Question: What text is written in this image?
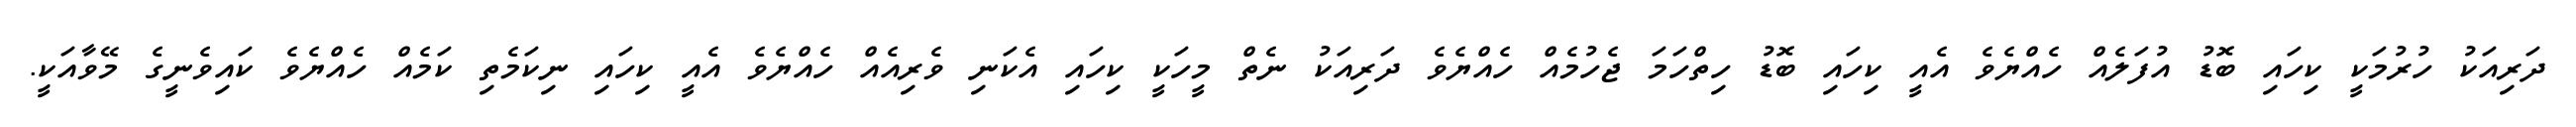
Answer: ދަރިއަކު ހުރުމަކީ ކިހައި ބޮޑު އުފަލެއް ހެއްޔެވެ އެއީ ކިހައި ބޮޑު ހިތްހަމަ ޖެހުމެއް ހެއްޔެވެ ދަރިއަކު ނެތް މީހަކީ ކިހައި އެކަނި ވެރިއެއް ހެއްޔެވެ އެއީ ކިހައި ނިކަމެތި ކަމެއް ހެއްޔެވެ ކައިވެނީގެ މޭވާއަކީ.